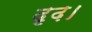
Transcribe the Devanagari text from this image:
दृढ़।